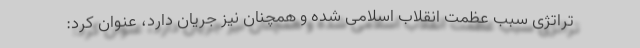
تراتژی سبب عظمت انقلاب اسلامی شده و همچنان نیز جریان دارد، عنوان کرد: